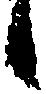
候